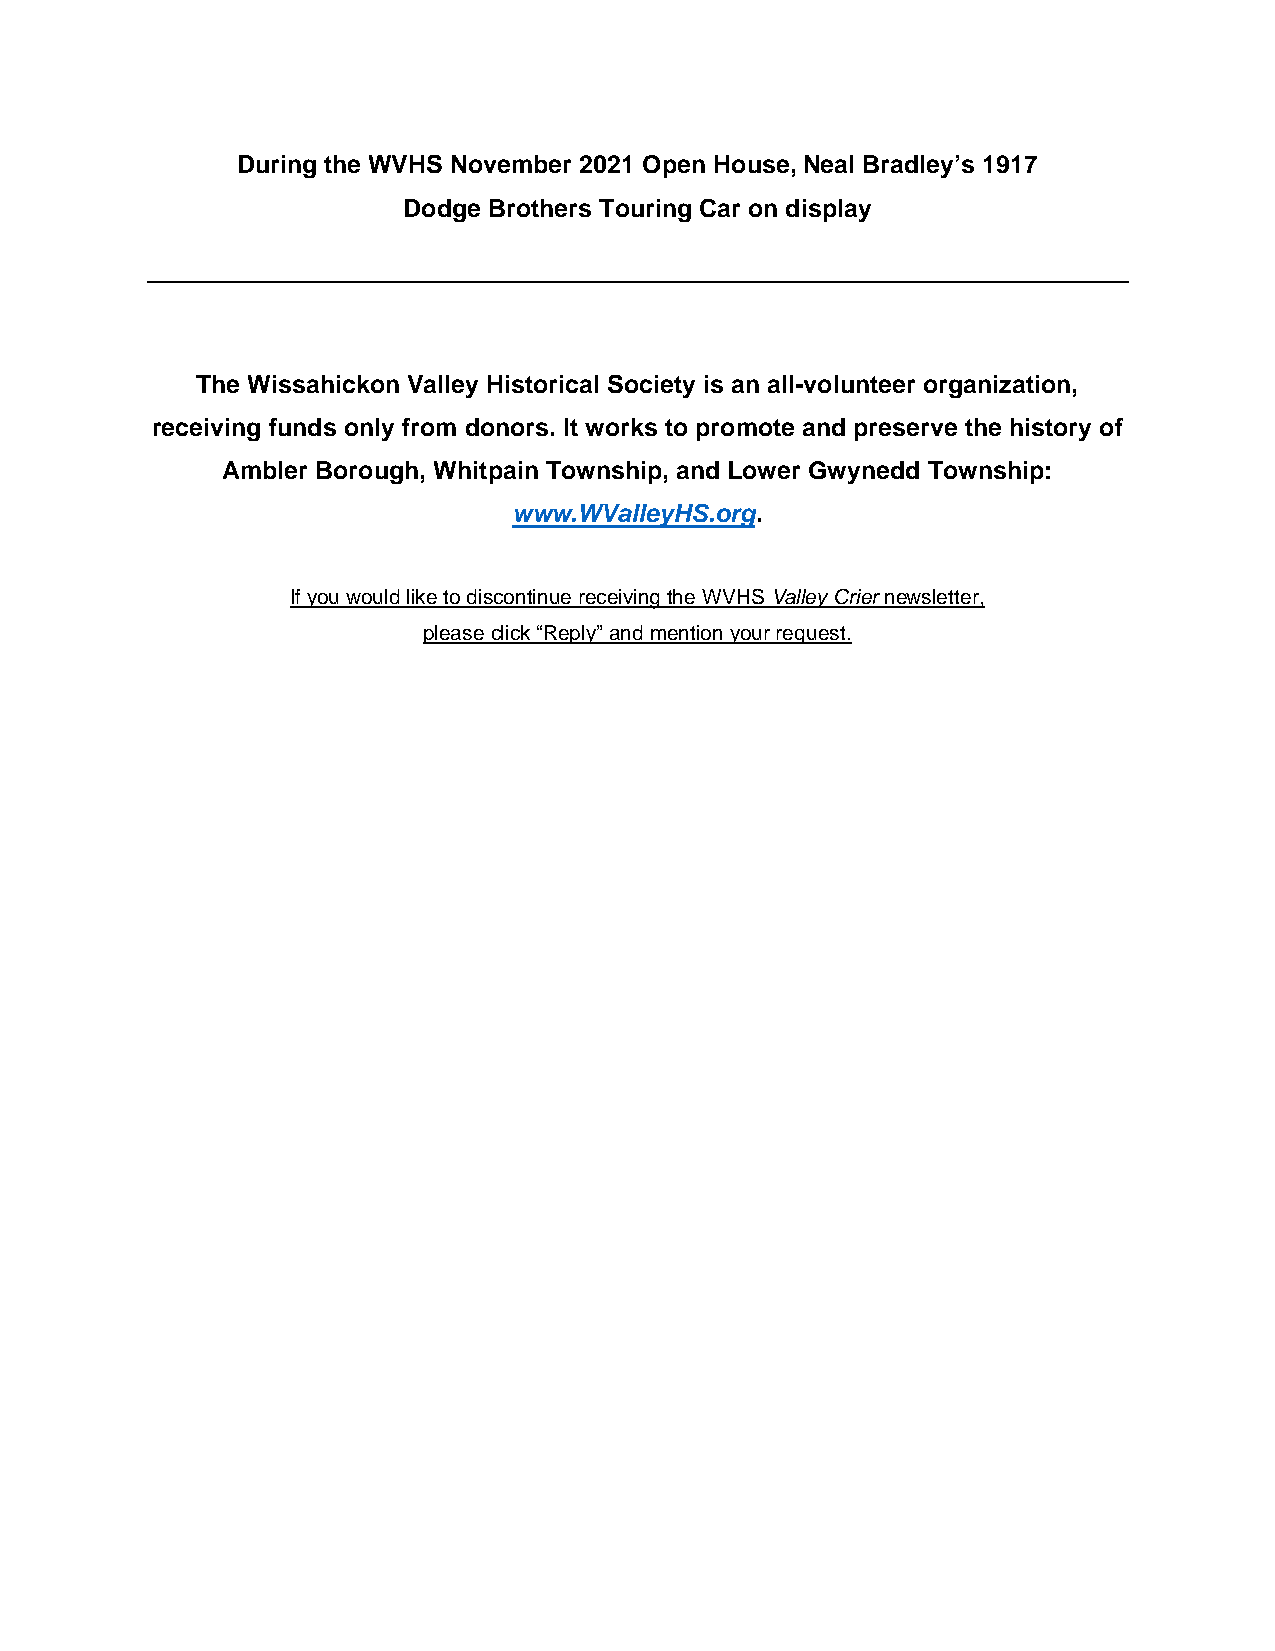
During the WVHS November 2021 Open House, Neal Bradley’s 1917
 Dodge Brothers Touring Car on display
 The Wissahickon Valley Historical Society is an all-volunteer organization,
 receiving funds only from donors. It works to promote and preserve the history of
 Ambler Borough, Whitpain Township, and Lower Gwynedd Township:
 www.WValleyHS.org.
 If you would like to discontinue receiving the WVHS Valley Crier newsletter,
 please click “Reply” and mention your request.